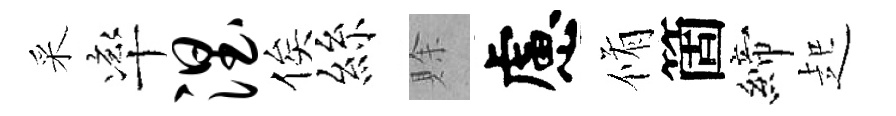
采率涅俟絲賖慮脩箇締起